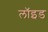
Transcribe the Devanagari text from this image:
लाॅइड